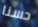
حسنا